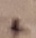
Text: +